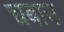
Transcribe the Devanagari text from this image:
चबाउ